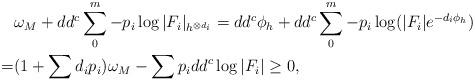
LaTeX: \begin{align*}& \omega_M+ dd^c \sum_0^m -p_i \log |F_i|_{h^{\otimes d_i}} = dd^c\phi_h + dd^c \sum_0^m -p_i \log (|F_i|e^{-d_i\phi_h}) \\= & (1+\sum d_ip_i) \omega_M -\sum p_i dd^c\log |F_i|\geq 0,\end{align*}